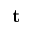
\textbf { t }